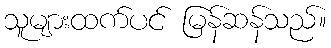
သူများထက်ပင် မြန်ဆန်သည်။